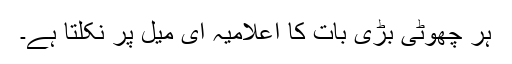
ہر چھوٹی بڑی بات کا اعلامیہ ای میل پر نکلتا ہے۔